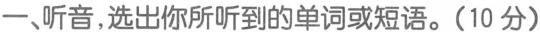
一、听音，选出你所听到的单词或短语。(10 分)